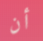
أن